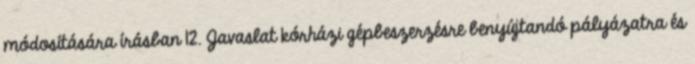
módosítására írásban 12. Javaslat kórházi gépbeszerzésre benyújtandó pályázatra és